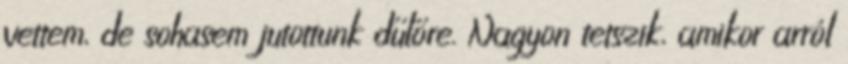
vettem, de sohasem jutottunk dűlőre. Nagyon tetszik, amikor arról